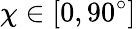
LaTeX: \chi\in[0,90^{\circ}]